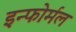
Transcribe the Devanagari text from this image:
इन्फोर्मल